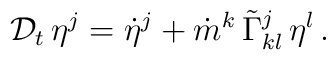
{\cal D}_t\,\eta^j=\dot \eta^j +\dot m^k \,\tilde\Gamma^j_{kl} \,\eta^l\,.